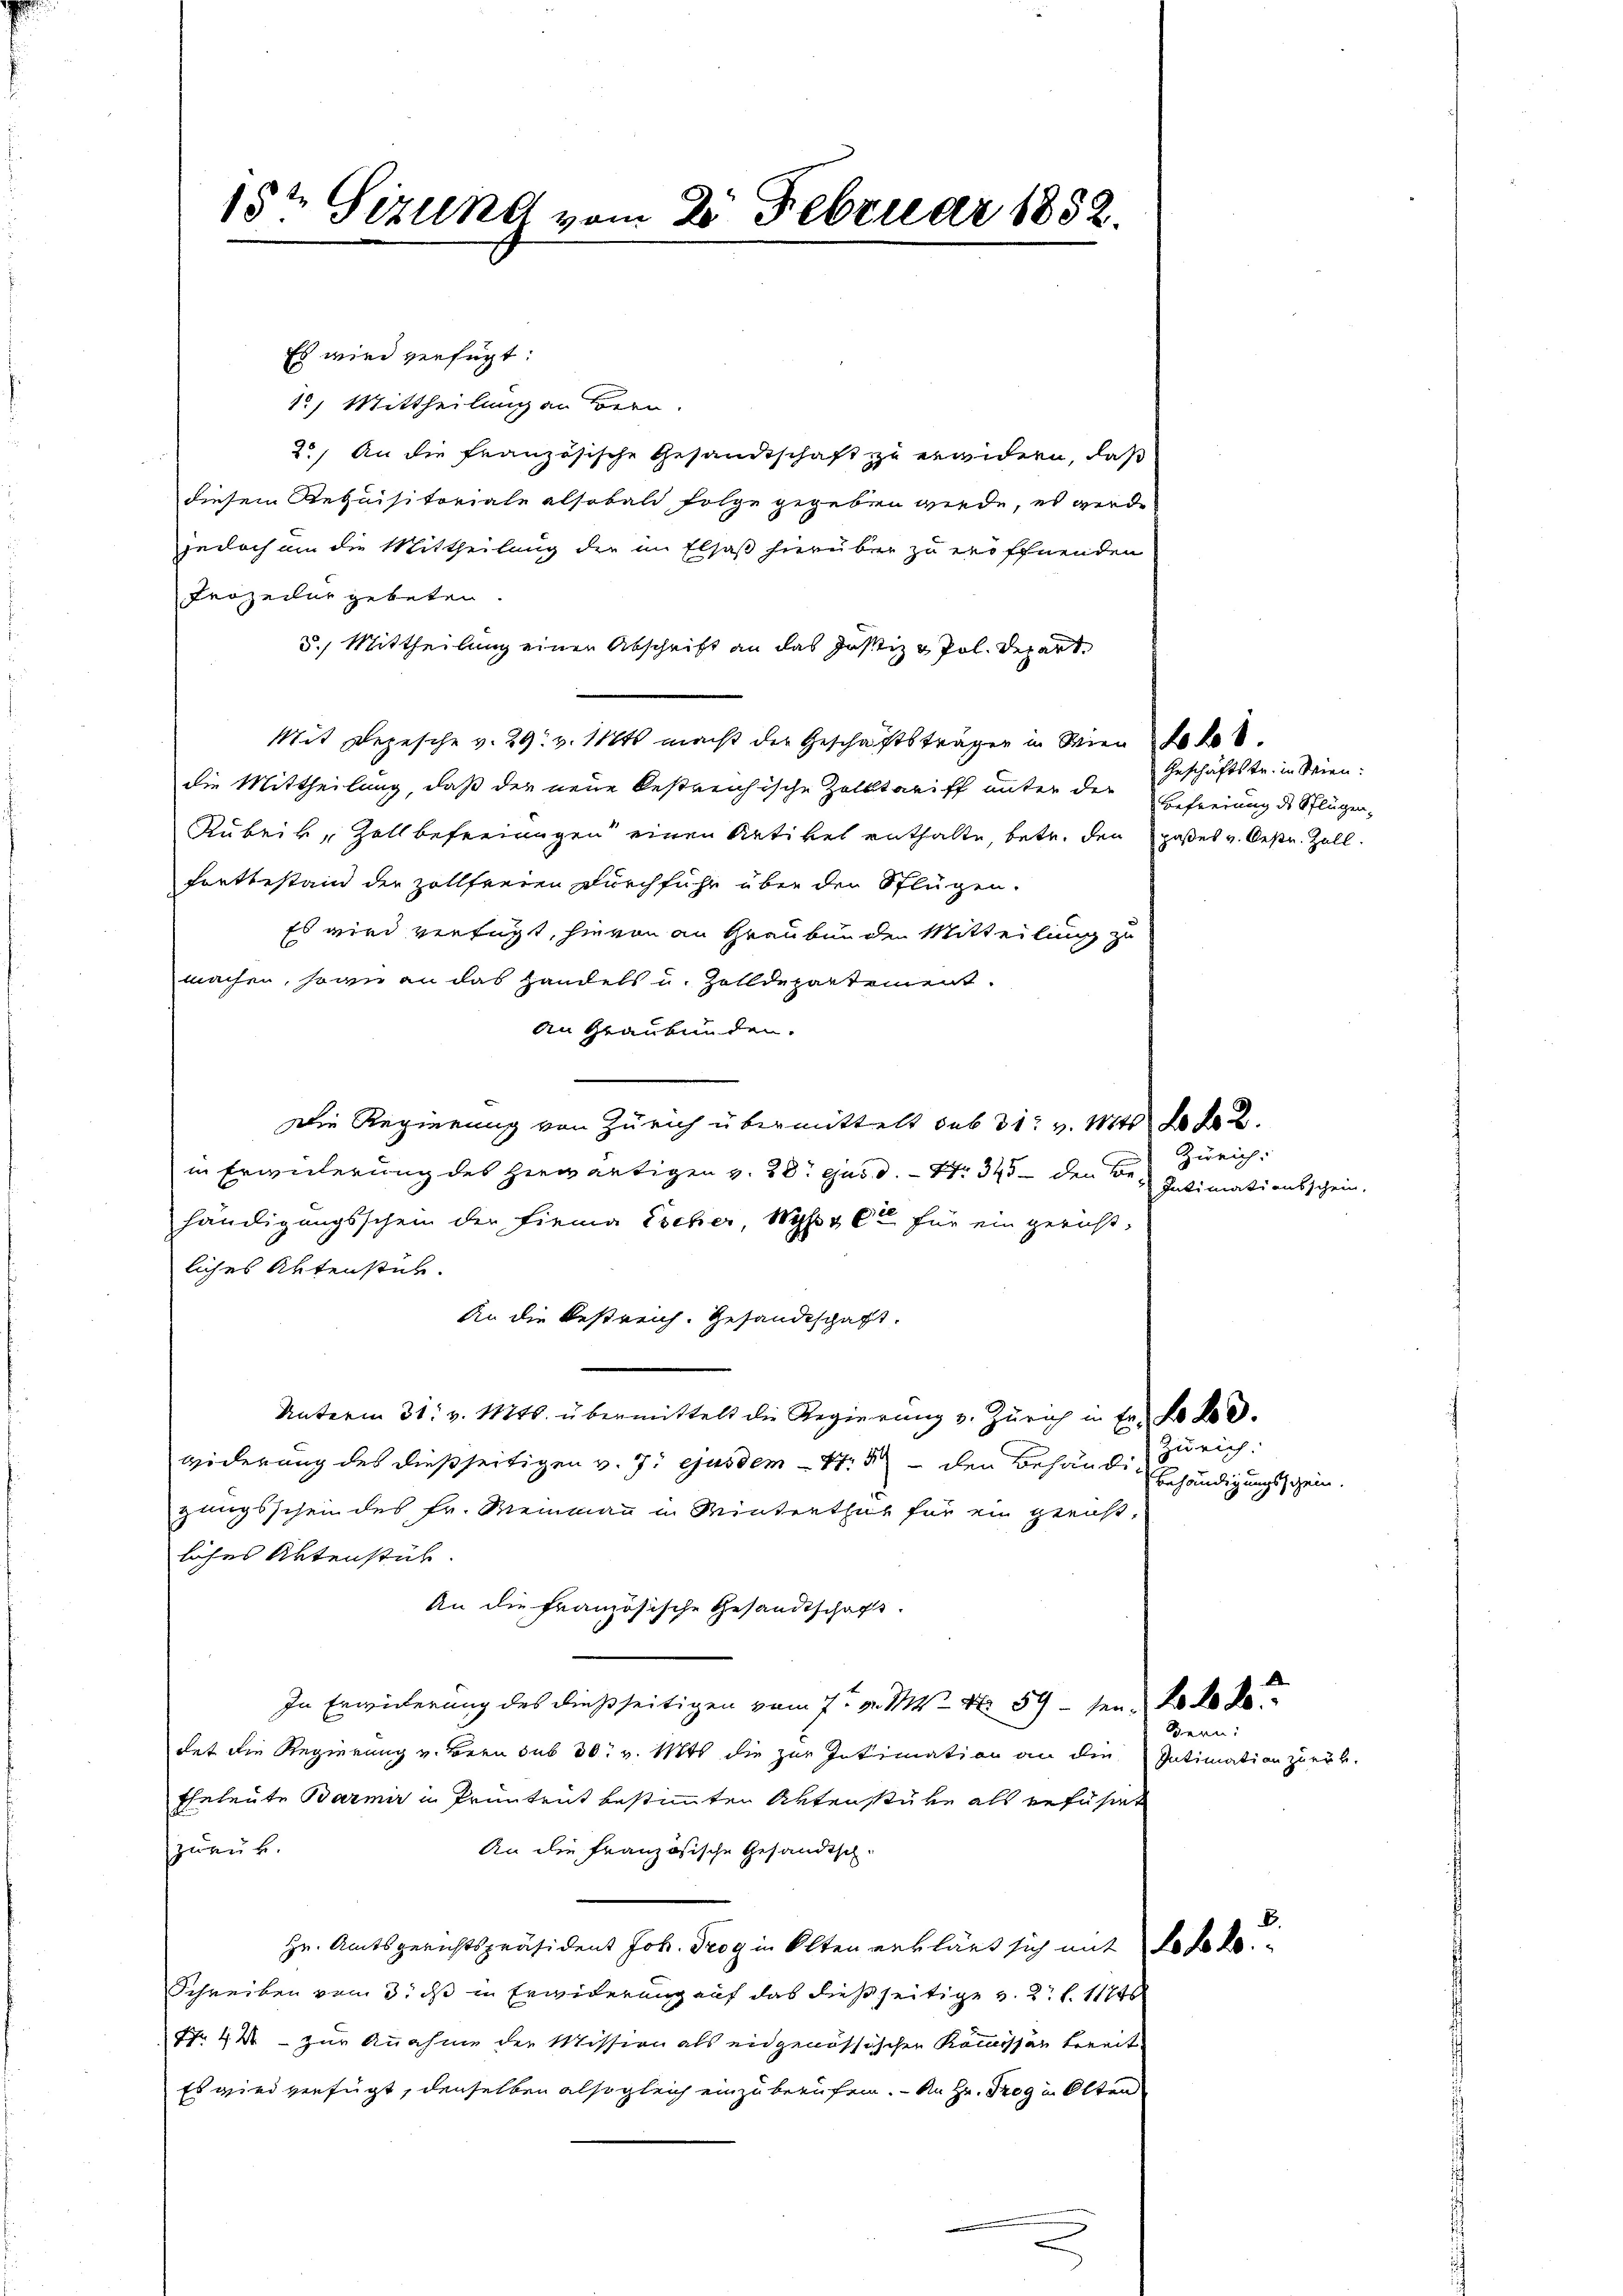
15te Sizung vom 25. Februar 1852.

Es wird verfügt:
1) Mittheilung an Bern.
20) An die französische Gesandtschaft zu erwidern, daß
diesem Requisitoriale alsobald folge gegeben werde, es werde
jedoch an die Mittheilung die im Elsaß hierüber zu eröffnenden
Frozedur gebeten
5.) Mittheilung einen Abschrift an das Justiz & Pol. Depart
Mit Depesche v. 29. v. Mts. macht der Geschäftsträger in Wien fol.
die Mittheilung, daß der neue bestreichische Zolltariff unter der
Rubeik, Zoll befreinigen einen Artikel enthalte, betr. den paßes v. Oestr. Zollfortbestand der Zollfreien Durchfuhr über der Schlügen.
Es wird verfügt, hievon an Graubünden Mitteilung zu
machen, sowie an das Handels u. Zolldepartement.
An Graubünden.
Die Regierung von Zürich übermittelt sub 31. v. Mts. des 2.
in Erweiterung des hiewärtigen v. 28. ejusd. - No 345 — den Be-
händigungsschein der Firma Escher, Wyß & Cie für ein gericht-
liches Aktenstük.
An die Bestreich. Gesandtschaft.
Unterm 31. v. Mts. übermittelt die Regierung v. Zürich in Er. No 20.
widerung des dießseitigen v. 7. ejusdem 17. 5 den Behändizungsschein des Fr. Meinmann in Winterthur für ein gerichtliches Aktenstück.
An die französische Gesandtschaft.
In Erwickerung des dießseitigen vom 7ten v. M. N. 59 - sei, da de de
det die Regierung v. Bern sub 30. v. Mts. die zur Intimation an die Intimation zurük¬
Eheleute Barmir in Prüntent bestimmten Aktenstüke als geführet
zurück.
An die Französische Gesandtsch-
Hr. Amtsgerichtspräsident Joh. Trog in Olten erklärt sich mit Leleke
Schreiben vom 3. ds in Erwiderung auf das dießseitige v. 2. l. 1174
Nr. 42 - zur Annahme der Mission als eidgenössischen Kommissar bereit
Es wird verfügt, denselben alsogleich einzuberufen. - An Hr. Trog in Olten

Geschäftstr. in Wien:
Befreiung des Pflügen,

Zürich:
Intimationsschein,

Zürich.
Behändigungsschein.

Bern: